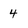
Character: 4